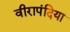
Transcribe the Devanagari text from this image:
वीरापंदिया